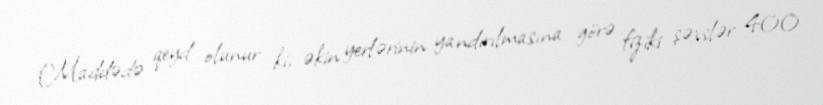
Maddədə qeyd olunur ki, əkin yerlərinin yandırılmasına görə fiziki şəxslər 400